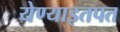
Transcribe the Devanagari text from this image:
येण्याइतपत